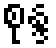
စုန္ဒ